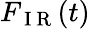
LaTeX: F_{\mathrm{~I~R~}}(t)